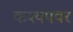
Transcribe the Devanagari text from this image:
कश्यपवर